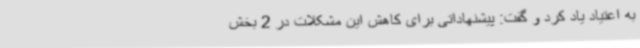
به اعتیاد یاد کرد و گفت: پیشنهاداتی برای کاهش این مشکلات در 2 بخش